Lunatic asylums Punjab 1911-1921 - 1911-1921
Year: 1911
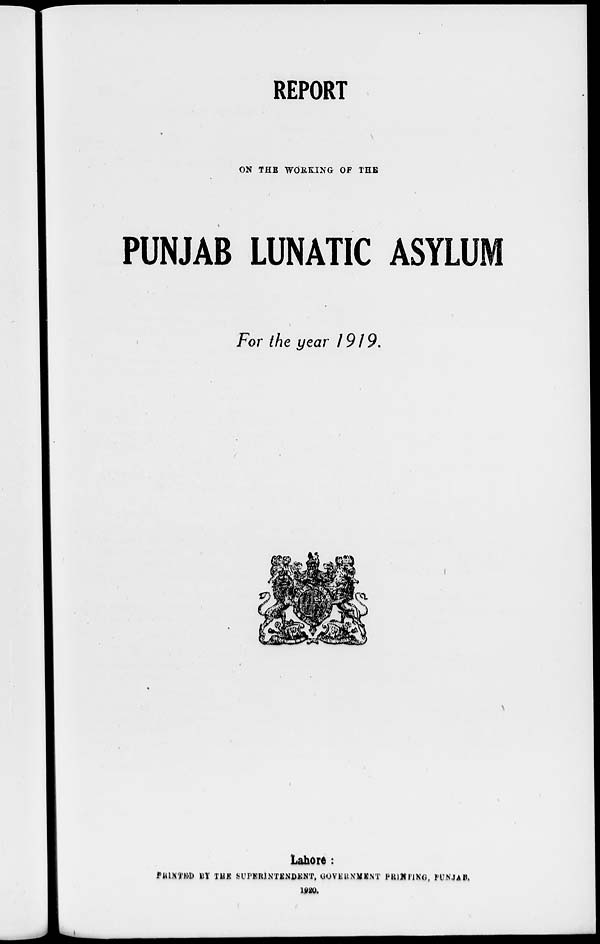
REPORT
ON THE WORKING OF THE
PUNJAB LUNATIC ASYLUM
For the year 1919.
Lahore:
PRINTED BY THE SUPERINTENDENT, GOVERNMENT PRINTING, PUNJAB.
1920.